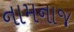
નામનાજ